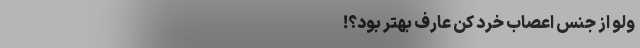
ولو از جنس اعصاب خُرد کن عارف بهتر بود؟! ------------------------